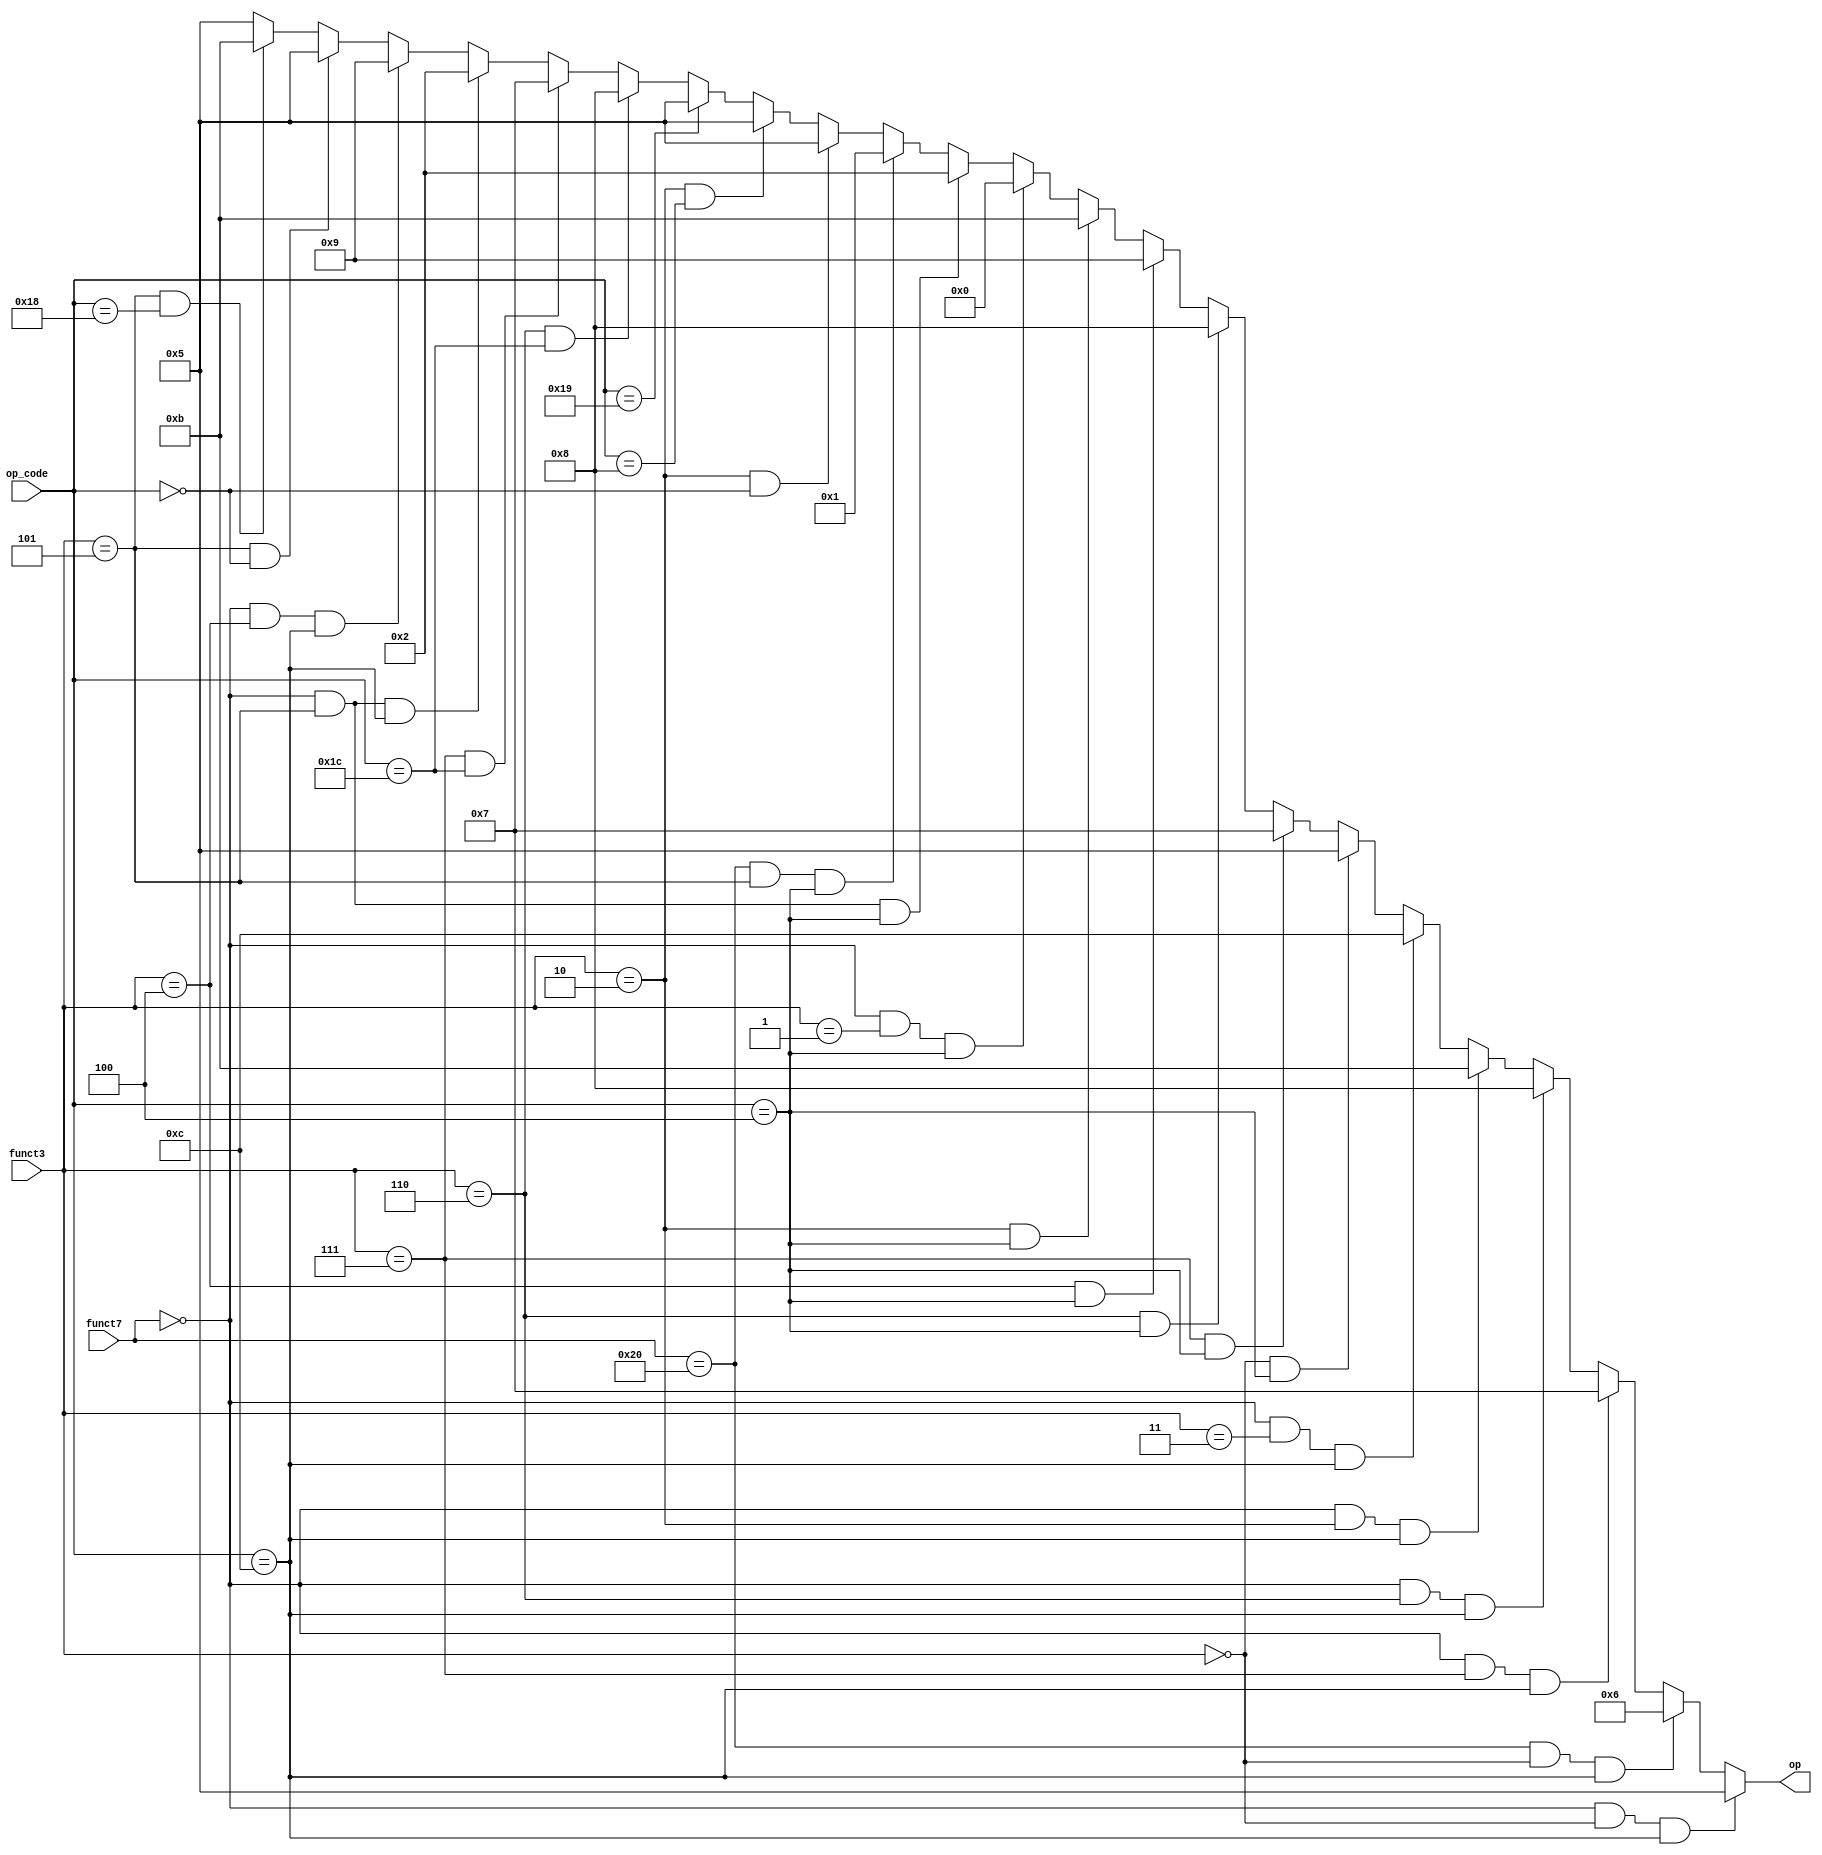
module ArithController (
    input [6:0] funct7,
    input [2:0] funct3,
    input [4:0] op_code,
    output reg [3:0] op
);
    always @(funct7, funct3, op_code) begin
        if(funct7 == 7'b0000000 && funct3 == 3'b000 && op_code == 5'b01100)   op <= 4'b0101;  //add
        else if(funct7==7'b0100000 && funct3==3'b000 && op_code==5'b01100)   op <= 4'b0110;  //sub
        else if(funct7==7'b0000000 && funct3==3'b111 && op_code==5'b01100)   op <= 4'b0111;  //and
        else if(funct7==7'b0000000 && funct3==3'b110 && op_code==5'b01100)   op <= 4'b1000;  //or
        else if(funct7==7'b0000000 && funct3==3'b010 && op_code==5'b01100)   op <= 4'b1011;  //slt
        else if(funct7==7'b0000000 && funct3==3'b011 && op_code==5'b01100)   op <= 4'b1100;  //sltu
        else if(funct3==3'b000 && op_code==5'b00100)   op <= 4'b0101;  //addi
        else if(funct3==3'b111 && op_code==5'b00100)   op <= 4'b0111;  //andi
        else if(funct3==3'b110 && op_code==5'b00100)   op <= 4'b1000;  //ori
        else if(funct3==3'b100 && op_code==5'b00100)   op <= 4'b1001;  //xori
        else if(funct3==3'b010 && op_code==5'b00100)   op <= 4'b1011;  //slti
        else if(funct7==7'b0000000 && funct3==3'b001 && op_code==5'b00100)   op <= 4'b0000;  //slli
        else if(funct7==7'b0000000 && funct3==3'b101 && op_code==5'b00100)   op <= 4'b0010;  //srli
        else if(funct7==7'b0100000 && funct3==3'b101 && op_code==5'b00100)   op <= 4'b0001;  //srai
        else if(funct3==3'b010 && op_code==5'b00000)   op <= 4'b0101;  //lw
        else if(funct3==3'b010 && op_code==5'b01000)   op <= 4'b0101;  //sw
        else if (op_code==5'b11001)   op <= 4'b0101;  //jalr
        // int
        else if (funct3 == 'd6 && op_code == 'h1c) op <= 'd8;  //csrrsi
        else if (funct3 == 'd7 && op_code == 'h1c) op <= 'd7;  //csrrci
        // ccab
        else if (funct7 == 'd0 && funct3 == 'd5 && op_code == 'hc) op <= 'd2;  //srl
        else if (funct7 == 'd0 && funct3 == 'd4 && op_code == 'hc) op <= 'd9;  //xor
        else if (funct3 == 'd5 && op_code == 'h0) op <= 'd5;  //lhu
        else if (funct3 == 'd5 && op_code == 'h18) op <= 'd11;  // bge

        else op <= 4'b0101;
    end
    
    
endmodule